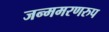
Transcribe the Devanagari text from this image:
जन्ममरणरुप